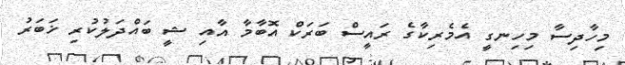
މިހާދިސާ މިހިނގީ އެމެރިކާގެ ރައީސް ބަރަކް އޮބާމާ އާއި ޝީ ބައްދަލުކުރި ޚަބަރު